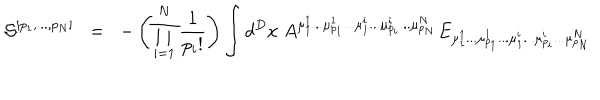
{ \cal { S } } ^ { [ p _ { 1 } , . . . , p _ { N } ] } \; \; = \; \; - \left( \prod _ { i = 1 } ^ { N } \frac { 1 } { p _ { i } ! } \right) \int d ^ { D } x \; A ^ { { \mu } _ { 1 } ^ { 1 } . . . { \mu } _ { p _ { 1 } } ^ { 1 } . . . { \mu } _ { 1 } ^ { i } . . . { \mu } _ { p _ { i } } ^ { i } . . . { \mu } _ { p _ { N } } ^ { N } } E _ { { \mu } _ { 1 } ^ { 1 } . . . { \mu } _ { p _ { 1 } } ^ { 1 } . . . { \mu } _ { 1 } ^ { i } . . . { \mu } _ { p _ { i } } ^ { i } . . . { \mu } _ { p _ { N } } ^ { N } }